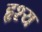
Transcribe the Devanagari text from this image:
हृश्य